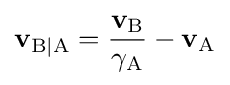
\mathbf {v} _{\mathrm {B|A} }={\frac {\mathbf {v} _{\mathrm {B} }}{\gamma _{\mathrm {A} }}}-\mathbf {v} _{\mathrm {A} }